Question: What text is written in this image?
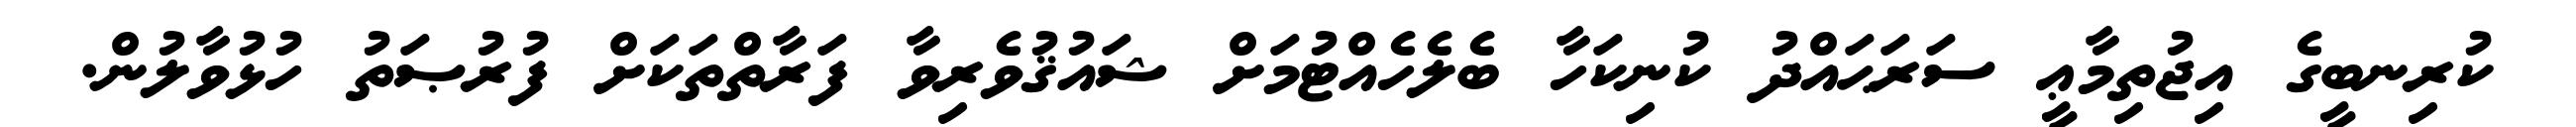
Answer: ކުރިނބީގެ އިޖުތިމާޢީ ސަރަޙައްދު ކުނިކަހާ ބެލެހެއްޓުމަށް ޝައުޤުވެރިވާ ފަރާތްތަކަށް ފުރުޞަތު ހުޅުވާލުން.